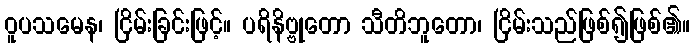
ဝူပသမေန၊ ငြိမ်းခြင်းဖြင့်။ ပရိနိဗ္ဗုတော သီတိဘူတော၊ ငြိမ်းသည်ဖြစ်၍ဖြစ်၏။